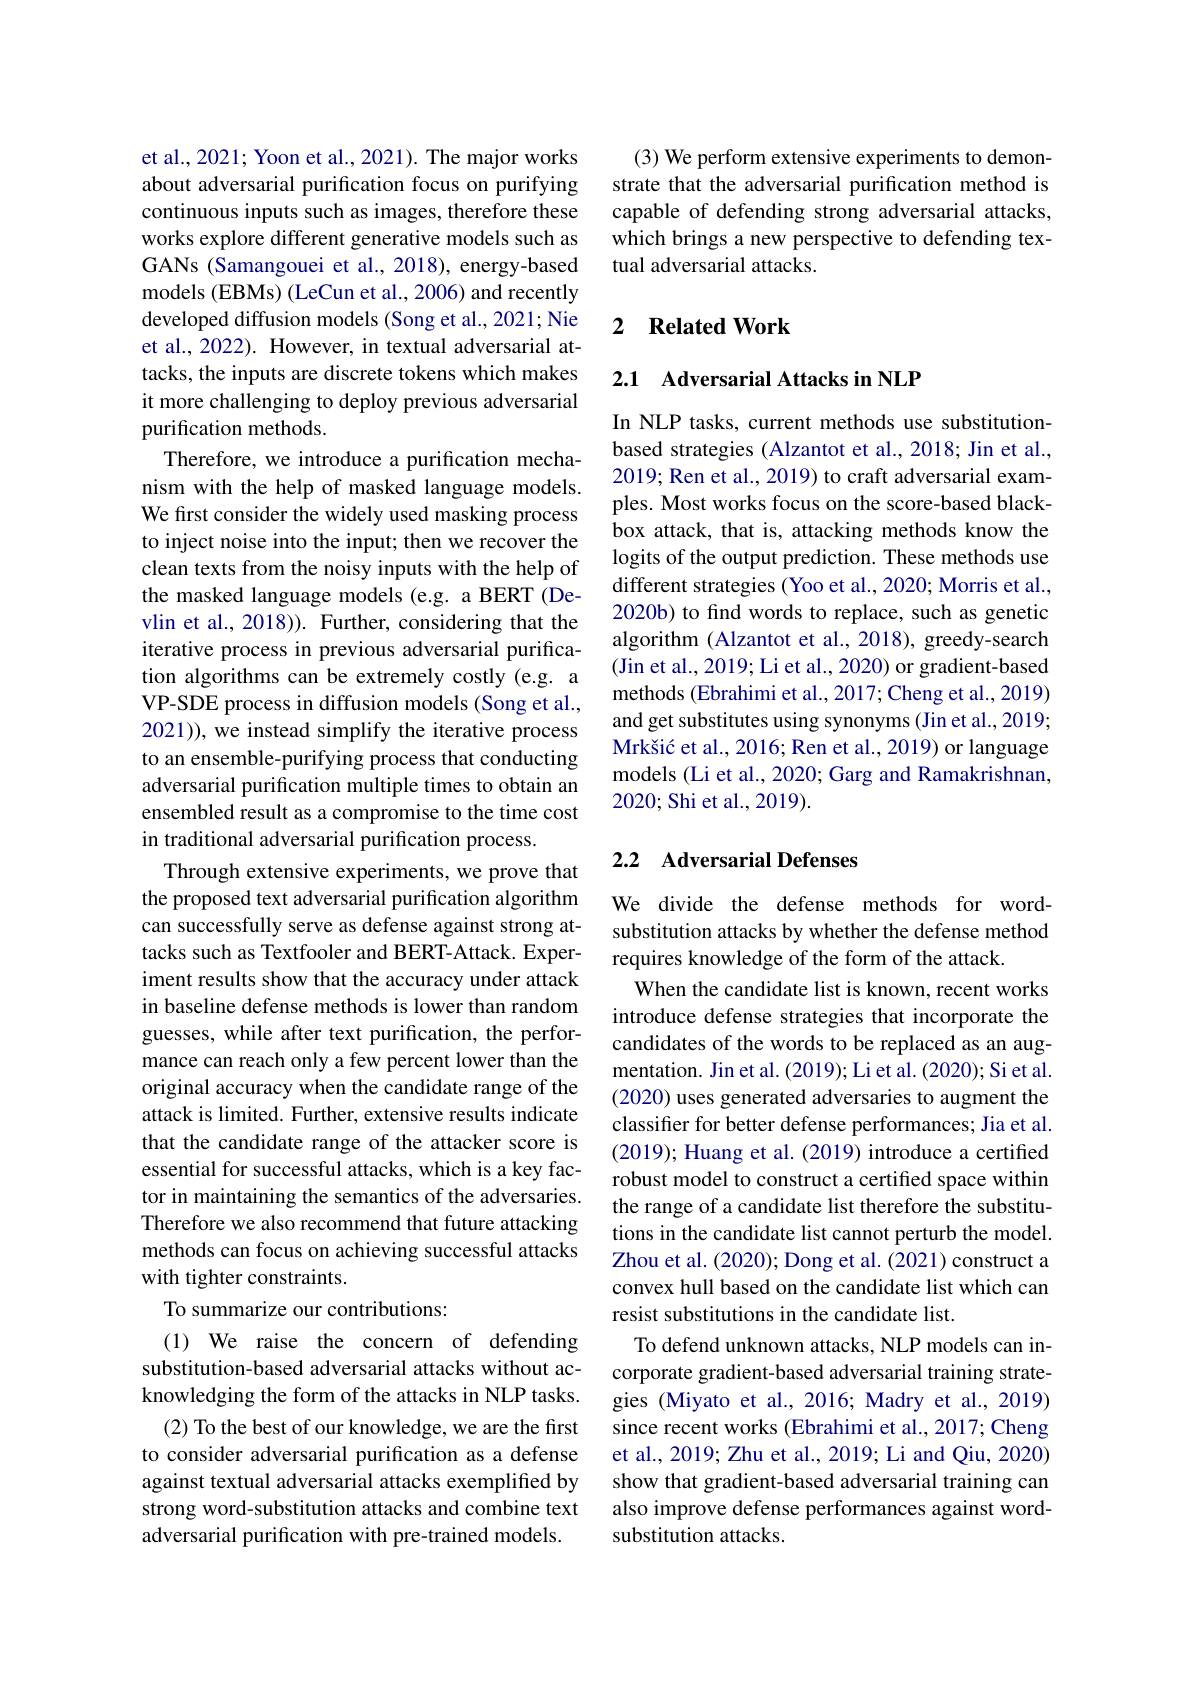
et al., 2021; Yoon et al., 2021). The major works about adversarial purification focus on purifying continuous inputs such as images, therefore these works explore different generative models such as GANs (Samangouei et al., 2018), energy-based models (EBMs) (LeCun et al., 2006) and recently developed diffusion models (Song et al., 2021; Nie et al., 2022). However, in textual adversarial attacks, the inputs are discrete tokens which makes it more challenging to deploy previous adversarial purification methods.
Therefore, we introduce a purification mechanism with the help of masked language models. We first consider the widely used masking process to inject noise into the input; then we recover the clean texts from the noisy inputs with the help of the masked language models (e.g. a BERT (Devlin et al., 2018)). Further, considering that the iterative process in previous adversarial purification algorithms can be extremely costly (e.g. a VP-SDE process in diffusion models (Song et al., 2021)), we instead simplify the iterative process to an ensemble-purifying process that conducting adversarial purification multiple times to obtain an ensembled result as a compromise to the time cost in traditional adversarial purification process.
Through extensive experiments, we prove that the proposed text adversarial purification algorithm can successfully serve as defense against strong attacks such as Textfooler and BERT-Attack. Experiment results show that the accuracy under attack in baseline defense methods is lower than random guesses, while after text purification, the performance can reach only a few percent lower than the original accuracy when the candidate range of the attack is limited. Further, extensive results indicate that the candidate range of the attacker score is essential for successful attacks, which is a key factor in maintaining the semantics of the adversaries. Therefore we also recommend that future attacking methods can focus on achieving successful attacks with tighter constraints.
To summarize our contributions:
(1) We raise the concern of defending

substitution-based adversarial attacks without acknowledging the form of the attacks in NLP tasks.
(2) To the best of our knowledge, we are the first to consider adversarial purification as a defense against textual adversarial attacks exemplified by strong word-substitution attacks and combine text adversarial purification with pre-trained models.

(3) We perform extensive experiments to demonstrate that the adversarial purification method is capable of defending strong adversarial attacks, which brings a new perspective to defending textual adversarial attacks.

### 2 $\textbf{Related Work}$

## 2.1 Adversarial Attacks in NLP

In NLP tasks, current methods use substitutionbased strategies (Alzantot et al., 2018; Jin et al., 2019; Ren et al., 2019) to craft adversarial examples. Most works focus on the score-based blackbox attack, that is, attacking methods know the logits of the output prediction. These methods use different strategies (Yoo et al., 2020; Morris et al., 2020b) to find words to replace, such as genetic algorithm (Alzantot et al., 2018), greedy-search (Jin et al., 2019; Li et al., 2020) or gradient-based methods (Ebrahimi et al., 2017; Cheng et al., 2019) and get substitutes using synonyms (Jin et al., 2019; Mrkšić et al., 2016; Ren et al., 2019) or language models (Li et al., 2020; Garg and Ramakrishnan, 2020; Shi et al., 2019).

## 2.2 Adversarial Defenses

We divide the defense methods for wordsubstitution attacks by whether the defense method requires knowledge of the form of the attack.
When the candidate list is known, recent works introduce defense strategies that incorporate the candidates of the words to be replaced as an augmentation. Jin et al. (2019); Li et al. (2020); Si et al. (2020) uses generated adversaries to augment the classifier for better defense performances; Jia et al. (2019); Huang et al. (2019) introduce a certified robust model to construct a certified space within the range of a candidate list therefore the substitutions in the candidate list cannot perturb the model. Zhou et al. (2020); Dong et al. (2021) construct a convex hull based on the candidate list which can resist substitutions in the candidate list.
To defend unknown attacks, NLP models can incorporate gradient-based adversarial training strategies (Miyato et al., 2016; Madry et al., 2019) since recent works (Ebrahimi et al., 2017; Cheng et al., 2019; Zhu et al., 2019; Li and Qiu, 2020) show that gradient-based adversarial training can also improve defense performances against wordsubstitution attacks.